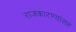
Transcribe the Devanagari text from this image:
राजकारण्यांसह